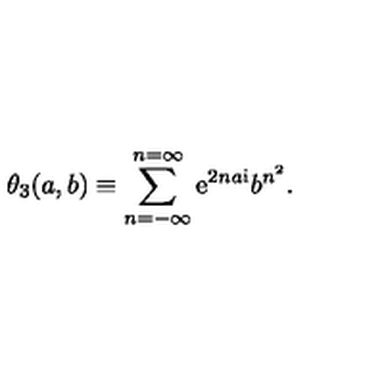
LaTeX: \theta _ { 3 } ( a , b ) \equiv \sum _ { n = - \infty } ^ { n = \infty } { { \mathrm { e } } } ^ { 2 n a { \mathrm { i } } } b ^ { n ^ { 2 } } .